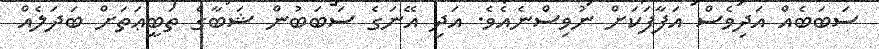
ސަބަބެއް އަދިވެސް އަފާފަކަށް ނުވިސްނެއެވެ. އަދި އޭނަގެ ސަބަބުން ޝަބާގެ ތަބީޢަތަށް ބަދަލެއް